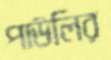
পাউলির